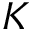
K